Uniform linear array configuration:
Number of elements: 8
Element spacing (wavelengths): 0.75
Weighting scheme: binomial
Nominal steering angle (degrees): -15
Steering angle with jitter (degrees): -14.463
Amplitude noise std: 0.05
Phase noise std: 0.05

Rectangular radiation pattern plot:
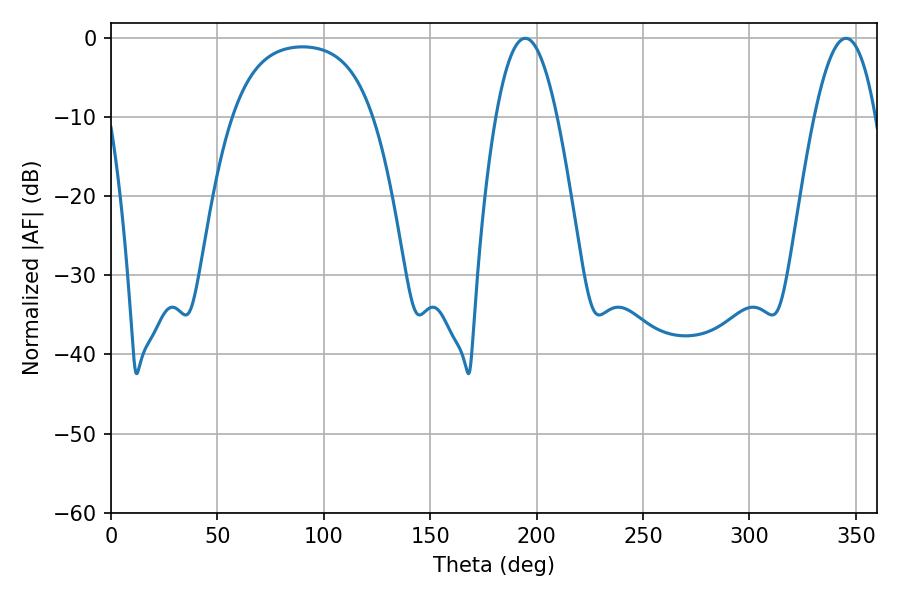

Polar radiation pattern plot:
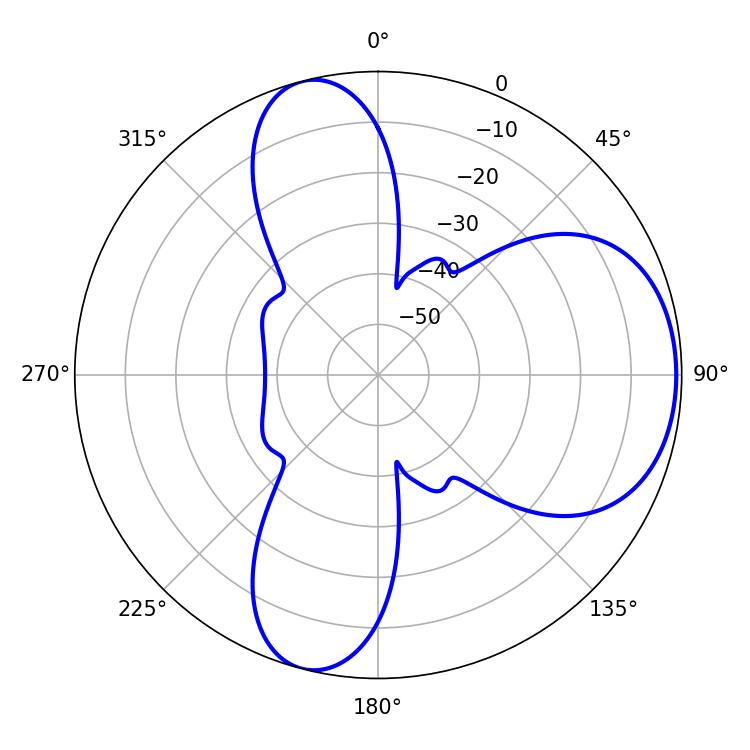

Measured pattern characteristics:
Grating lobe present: TRUE
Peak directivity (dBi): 6.635
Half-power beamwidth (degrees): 15.84
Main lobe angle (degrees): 345.42